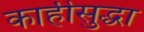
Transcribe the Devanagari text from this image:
काहीसुद्धा